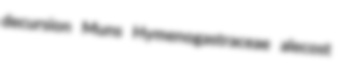
decursion Muns Hymenogastraceae alecost